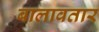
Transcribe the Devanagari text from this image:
बालावतार